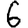
Digit: 6